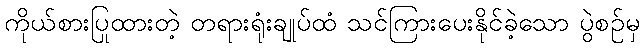
ကိုယ်စားပြုထားတဲ့ တရားရုံးချုပ်ထံ သင်ကြားပေးနိုင်ခဲ့သော ပွဲစဉ်မှ